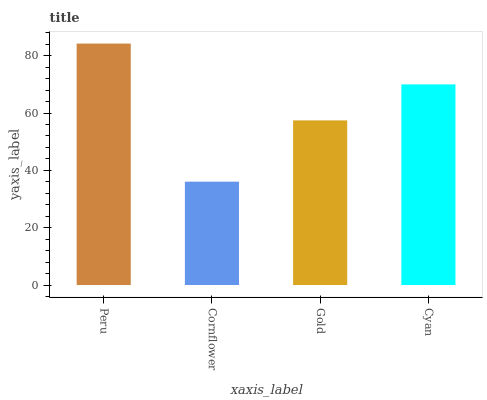
| xaxis_label | bars |
 | --- | --- |
 | Peru | 84.2 |
 | Cornflower | 36 |
 | Gold | 57.4 |
 | Cyan | 70 |